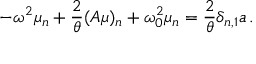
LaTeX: - \omega ^ { 2 } \mu _ { n } + \frac 2 \theta ( A \mu ) _ { n } + \omega _ { 0 } ^ { 2 } \mu _ { n } = \frac 2 \theta \delta _ { n , 1 } a \, .